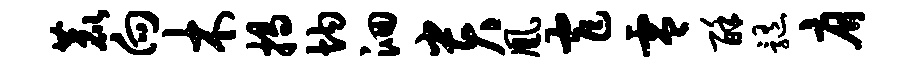
鹿向木揭均洄贵凰窄零酥髓肩